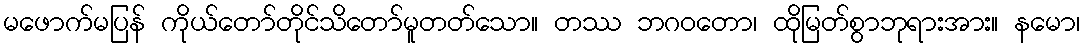
မဖောက်မပြန် ကိုယ်တော်တိုင်သိတော်မူတတ်သော။ တဿ ဘဂဝတော၊ ထိုမြတ်စွာဘုရားအား။ နမော၊